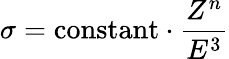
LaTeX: \sigma=\mathrm{constant}\cdot{\frac{Z^{n}}{E^{3}}}